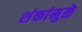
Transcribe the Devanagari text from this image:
शंकांमुळे